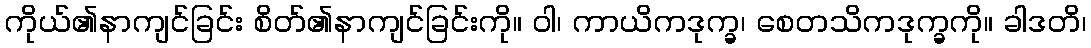
ကိုယ်၏နာကျင်ခြင်း စိတ်၏နာကျင်ခြင်းကို။ ဝါ၊ ကာယိကဒုက္ခ၊ စေတသိကဒုက္ခကို။ ခါဒတိ၊